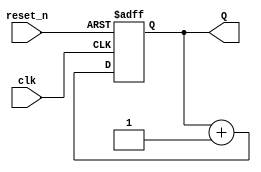
`timescale 1ns / 1ps
//////////////////////////////////////////////////////////////////////////////////
// Company: 
// Engineer: 
// 
// Design Name: 
// Module Name: up_counter
// Project Name: 
// Target Devices: 
// Tool Versions: 
// Description: 
// 
// Dependencies: 
// 
// Revision:
// Revision 0.01 - File Created
// Additional Comments:
// 
//////////////////////////////////////////////////////////////////////////////////


module up_counter
    #(parameter BITS = 4)
    (
    input clk,
    input reset_n,
    output [BITS-1:0] Q
    );
    reg [BITS-1:0] Q_Reg,Q_Next;
    always @ (posedge clk, negedge reset_n)
    begin
        if (~reset_n)
            Q_Reg<= 'b0;
        else
            Q_Reg<=Q_Next;
    end
    always @ (Q_Reg)
    begin
        Q_Next = Q_Reg +1;
    end
    assign Q = Q_Reg;
endmodule